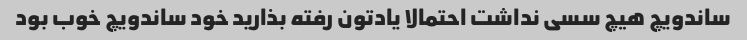
ساندویچ هیچ سسی نداشت احتمالا یادتون رفته بذارید خود ساندویچ خوب بود